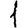
Digit: 1